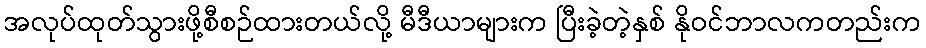
အလုပ်ထုတ်သွားဖို့စီစဉ်ထားတယ်လို့ မီဒီယာများက ပြီးခဲ့တဲ့နှစ် နိုဝင်ဘာလကတည်းက